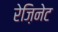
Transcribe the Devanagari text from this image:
रेज़िनेट